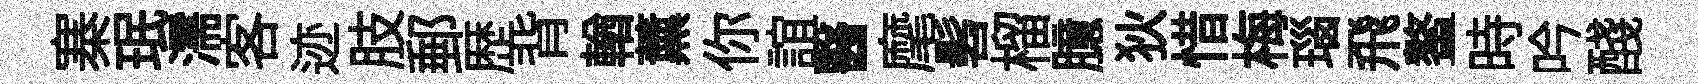
寨珉濡客迹肢郵歴背輶薰你誼醫麾髫榴臆狄惜梅瑙飛鳌時吟醆